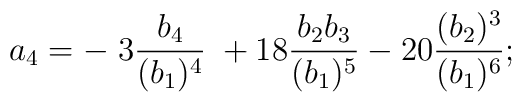
a_4 = -\; 3 {b_4 \over (b_1)^4}\; + 18 {b_2 b_3\over (b_1)^5} - 20 {(b_2)^3\over(b_1)^6};